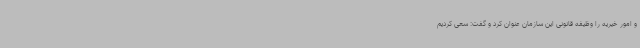
و امور خیریه را وظیفه قانونی این سازمان عنوان کرد و گفت: سعی کردیم